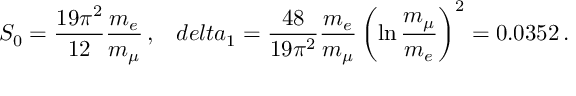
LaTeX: S _ { 0 } = \frac { 1 9 \pi ^ { 2 } } { 1 2 } \frac { m _ { e } } { m _ { \mu } } \, , \ \ \, d e l t a _ { 1 } = \frac { 4 8 } { 1 9 \pi ^ { 2 } } \frac { m _ { e } } { m _ { \mu } } \left( \ln \frac { m _ { \mu } } { m _ { e } } \right) ^ { 2 } = 0 . 0 3 5 2 \, .